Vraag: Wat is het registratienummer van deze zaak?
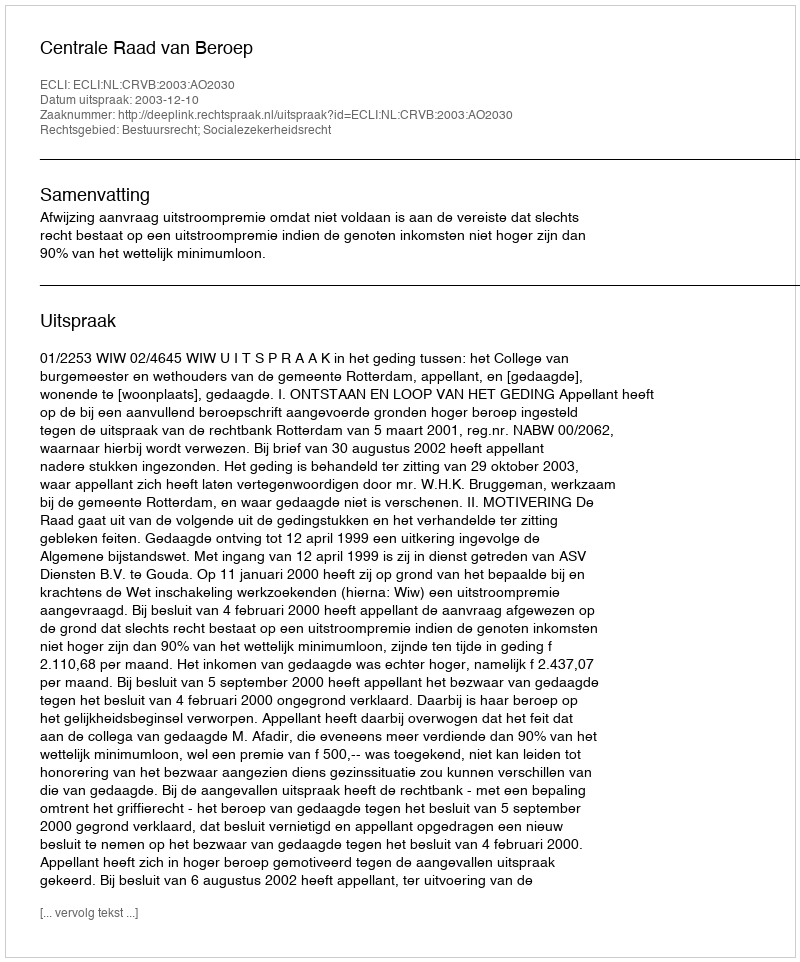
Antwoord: http://deeplink.rechtspraak.nl/uitspraak?id=ECLI:NL:CRVB:2003:AO2030